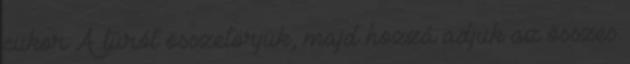
cukor A túrót összetörjük, majd hozzá adjuk az összes